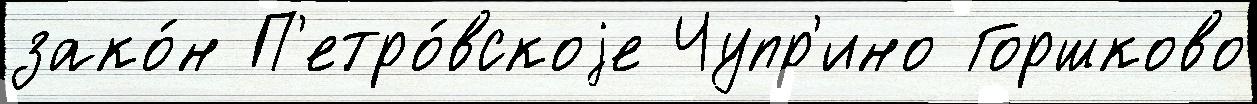
зако́н П'етро́вскоjе Чупр'ино Горшково